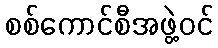
စစ်ကောင်စီအဖွဲ့ဝင်